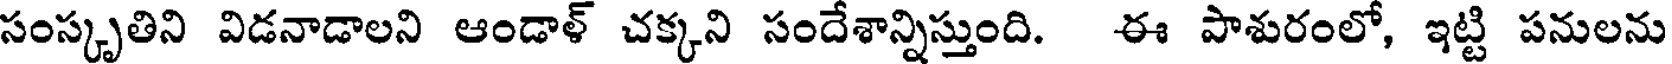
సంస్కృతిని విడనాడాలని ఆండాళ్ చక్కని సందేశాన్నిస్తుంది. ఈ పాశురంలో, ఇట్టి పనులను